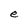
Character: e